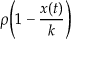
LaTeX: \rho { \Biggl ( } 1 - { \frac { x ( t ) } { k } } { \Biggr ) }